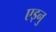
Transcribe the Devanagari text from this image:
एइनु